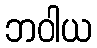
ဘဝါယ